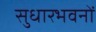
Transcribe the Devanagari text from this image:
सुधारभवनों